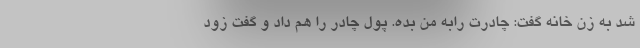
شد به زن خانه گفت: چادرت رابه من بده. پول چادر را هم داد و گفت زود